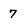
Character: 7